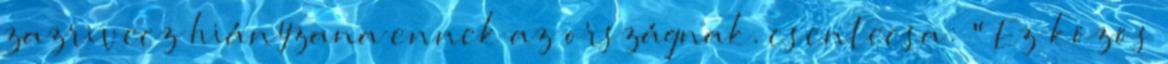
zazrivecz hiányzana ennek az országnak. csentecsa: " Ez közös